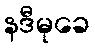
နဒီမုခေ